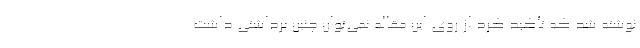
نوشته شد که تأکید کرد از روی این مقاله نمی‌توان چنین برداشتی داشت